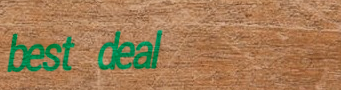
best deal